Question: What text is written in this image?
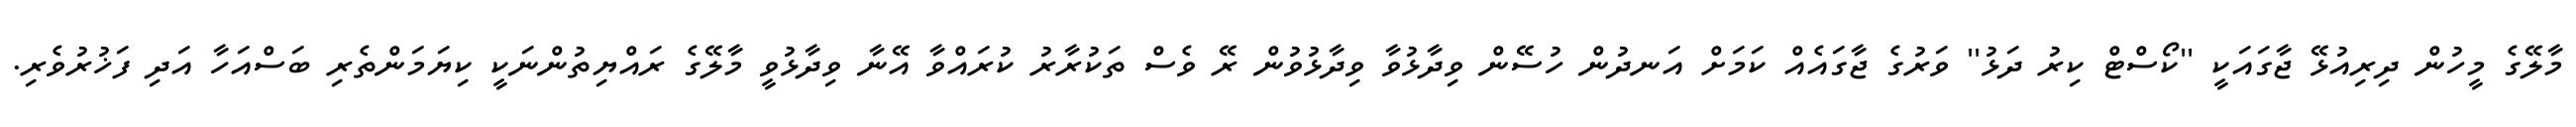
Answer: މާލޭގެ މީހުން ދިރިއުޅޭ ޖާގައަކީ ''ކޯސްޓް ކިރު ދަޅު'' ވަރުގެ ޖާގައެއް ކަމަށް އަނދުން ހުސޭން ވިދާޅުވާ ވިދާޅުވުން ރޭ ވެސް ތަކުރާރު ކުރައްވާ އޭނާ ވިދާޅުވީ މާލޭގެ ރައްޔިތުންނަކީ ކިޔަމަންތެރި ބަސްއަހާ އަދި ފަޚުރުވެރި.